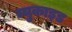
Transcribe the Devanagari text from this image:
म्युकाइड